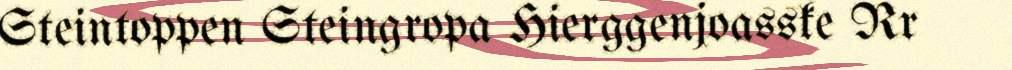
Steintoppen Steingropa Hierggenjoasske Rr